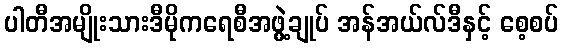
ပါတီအမျိုးသားဒီမိုကရေစီအဖွဲ့ချုပ် အန်အယ်လ်ဒီနှင့် စေ့စပ်